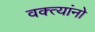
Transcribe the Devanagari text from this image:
वक्त्यांनो